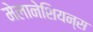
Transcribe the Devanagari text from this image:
मेलानेशियन्स